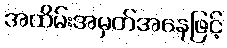
အထိမ်းအမှတ်အနေဖြင့်